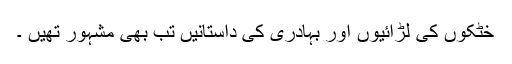
خٹکوں کی لڑائیوں اور بہادری کی داستانیں تب بھی مشہور تھیں ۔